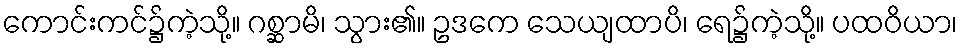
ကောင်းကင်၌ကဲ့သို့။ ဂစ္ဆာမိ၊ သွား၏။ ဥဒကေ သေယျထာပိ၊ ရေ၌ကဲ့သို့။ ပထဝိယာ၊